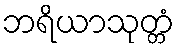
ဘရိယာသုတ္တံ